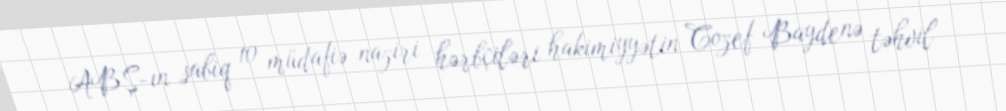
ABŞ-ın sabiq 10 müdafiə naziri hərbçiləri hakimiyyətin Cozef Baydenə təhvil